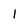
Character: l